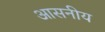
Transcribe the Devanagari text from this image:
आसनीय